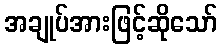
အချုပ်အားဖြင့်ဆိုသော်